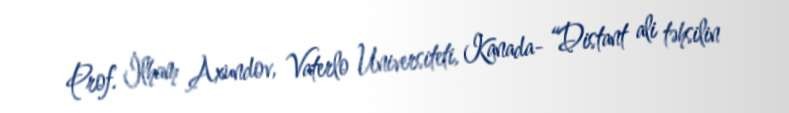
Prof. İlham Axundov, Vaterlo Universiteti, Kanada- “Distant ali təhsilin